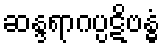
ဆန္ဒရာဂပ္ပဋိဗန္ဓံ